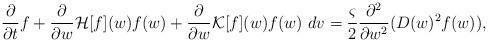
LaTeX: \begin{align*}\begin{aligned}\frac{\partial}{\partial t} f &+\frac{\partial}{\partial w}\mathcal{H}[f](w)f(w)+ \frac{\partial}{\partial w}\mathcal{K}[f](w)f(w)~dv=\frac{\varsigma}{2}\frac{\partial^2}{\partial w^2}(D(w)^2f(w)),\end{aligned}\end{align*}